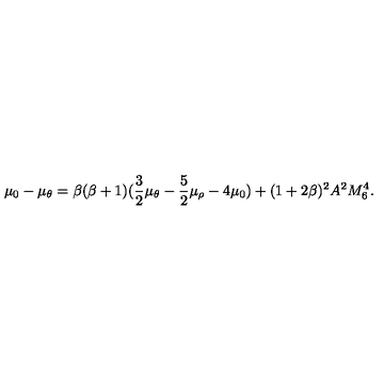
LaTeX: \mu _ { 0 } - \mu _ { \theta } = \beta ( \beta + 1 ) ( \frac { 3 } { 2 } \mu _ { \theta } - \frac { 5 } { 2 } \mu _ { \rho } - 4 \mu _ { 0 } ) + ( 1 + 2 \beta ) ^ { 2 } A ^ { 2 } M _ { 6 } ^ { 4 } .